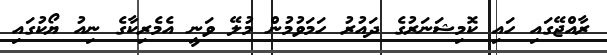
ރާއްޖޭގައި ހައި ކޮމިޝަނަރުގެ ދައުރު ހަމަވުމުން މުލޭ ވަނީ އެމެރިކާގެ ނިއު ޔޯކުގައި